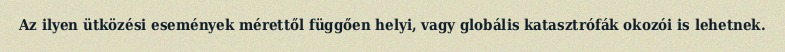
Az ilyen ütközési események mérettől függően helyi, vagy globális katasztrófák okozói is lehetnek.